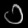
Digit: ၁